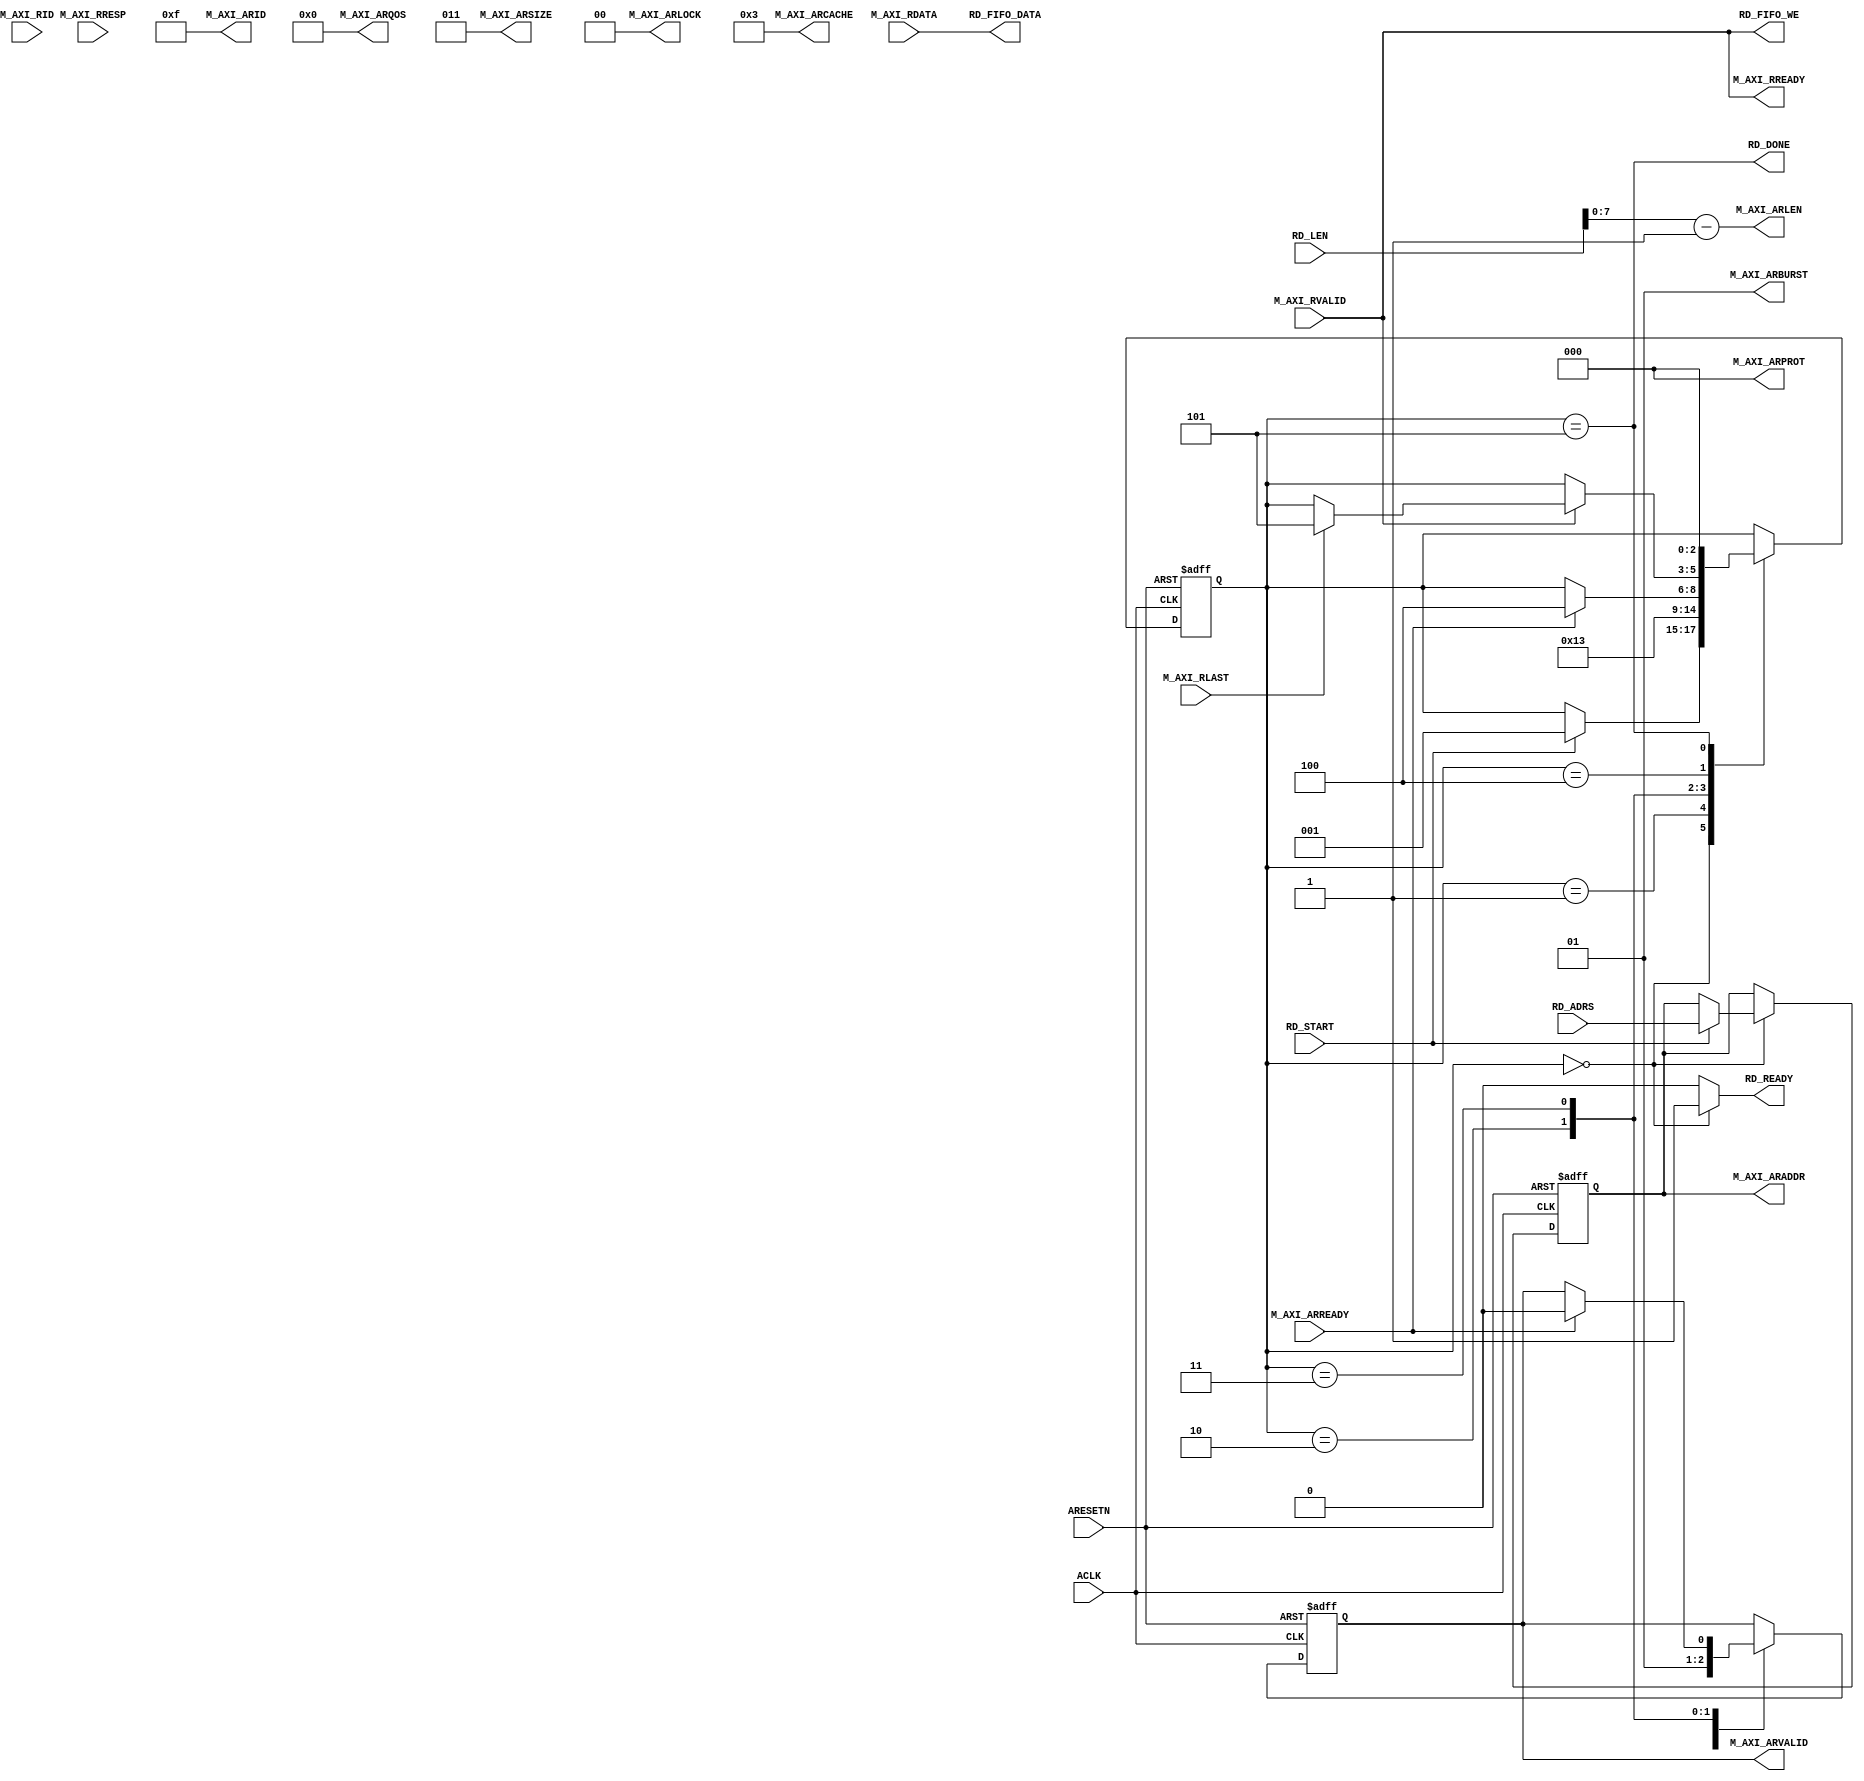
`timescale  1ns/1ns

module axi_master_read
(
  input           ARESETN,//axi
  input           ACLK,  //axi
//axi
  output [3:0]  M_AXI_ARID   , //ID
  output [31:0] M_AXI_ARADDR , //
  output [7:0]  M_AXI_ARLEN  , //
  output [2:0]  M_AXI_ARSIZE , //
  output [1:0]  M_AXI_ARBURST, //
  output [1:0]  M_AXI_ARLOCK , //
  output [3:0]  M_AXI_ARCACHE, //
  output [2:0]  M_AXI_ARPROT , //
  output [3:0]  M_AXI_ARQOS  , //QOS
  output        M_AXI_ARVALID, //
  input         M_AXI_ARREADY, //
    
  //axi
  input [3:0]   M_AXI_RID   , //ID tag
  input [63:0]  M_AXI_RDATA , //
  input [1:0]   M_AXI_RRESP , //
  input         M_AXI_RLAST , //
  input         M_AXI_RVALID, //
  output        M_AXI_RREADY, //
   //fifo    
  input         RD_START    , //
  input [31:0]  RD_ADRS     , //  
  input [9:0]   RD_LEN       , //
  output        RD_READY    , //
  output        RD_FIFO_WE  , //fifo
  output [63:0] RD_FIFO_DATA, //fifo
  output        RD_DONE       //
);

//********************************************************************//
//****************** Parameter and Internal Signal *******************//
//********************************************************************//

//parameter  define
localparam S_RD_IDLE  = 3'd0; //
localparam S_RA_WAIT  = 3'd1; //
localparam S_RA_START = 3'd2; //
localparam S_RD_WAIT  = 3'd3; //
localparam S_RD_PROC  = 3'd4; //
localparam S_RD_DONE  = 3'd5; //
//reg define                               
reg [2:0]   rd_state   ; //
reg [31:0]  reg_rd_adrs; //
reg [31:0]  reg_rd_len ; //
reg         reg_arvalid; //

//********************************************************************//
//***************************** Main Code ****************************//
//********************************************************************//

assign RD_DONE = (rd_state == S_RD_DONE) ;
assign M_AXI_ARID         = 4'b1111;//id
assign M_AXI_ARADDR[31:0] = reg_rd_adrs[31:0];//
assign M_AXI_ARLEN[7:0]   = RD_LEN-32'd1;//
assign M_AXI_ARSIZE[2:0]  = 3'b011;//AXI864
assign M_AXI_ARBURST[1:0] = 2'b01;//
assign M_AXI_ARLOCK       = 1'b0;
assign M_AXI_ARCACHE[3:0] = 4'b0011;
assign M_AXI_ARPROT[2:0]  = 3'b000;
assign M_AXI_ARQOS[3:0]   = 4'b0000;
assign M_AXI_ARVALID      = reg_arvalid;
assign M_AXI_RREADY       = M_AXI_RVALID;
assign RD_READY           = (rd_state == S_RD_IDLE)?1'b1:1'b0;//
assign RD_FIFO_WE         = M_AXI_RVALID;//fifo
assign RD_FIFO_DATA[63:0] = M_AXI_RDATA[63:0];//fifo 

  // 
  always @(posedge ACLK or negedge ARESETN) begin
    if(!ARESETN) begin
      rd_state          <= S_RD_IDLE;
      reg_rd_adrs[31:0] <= 32'd0;
      reg_rd_len[31:0]  <= 32'd0;
      reg_arvalid       <= 1'b0;
    end else begin
      case(rd_state)
        S_RD_IDLE: begin//
          if(RD_START) begin//
            rd_state          <= S_RA_WAIT;
            reg_rd_adrs[31:0] <= RD_ADRS[31:0];
            reg_rd_len[31:0]  <= RD_LEN[9:0] -32'd1;
          end
          reg_arvalid     <= 1'b0;
        end
        S_RA_WAIT: begin//
            rd_state          <= S_RA_START;
        end
        S_RA_START: begin//
          rd_state          <= S_RD_WAIT;
          reg_arvalid       <= 1'b1;//
        end
        S_RD_WAIT: begin //
          if(M_AXI_ARREADY) begin
            rd_state        <= S_RD_PROC;
            reg_arvalid     <= 1'b0;
          end
        end
        S_RD_PROC: begin //
          if(M_AXI_RVALID) begin //
            if(M_AXI_RLAST) begin //
                rd_state<= S_RD_DONE;
            end
          end
        end
    S_RD_DONE:begin //
      rd_state          <= S_RD_IDLE;
    end
    endcase
    end
  end
   
endmodule